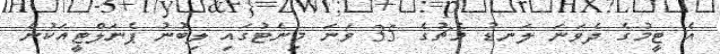
އެ ޓީމުގެ ދެވަނަ ލަނޑު މެޗުގެ 35 ވަނަ މިނެޓުގައި ލިބުނު ޕެނަލްޓީއަކުން